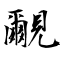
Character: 覼